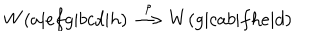
W ( a | e f g | b c d | h ) \stackrel { \rho } { \longrightarrow } W ( g | c a b | f h e | d )